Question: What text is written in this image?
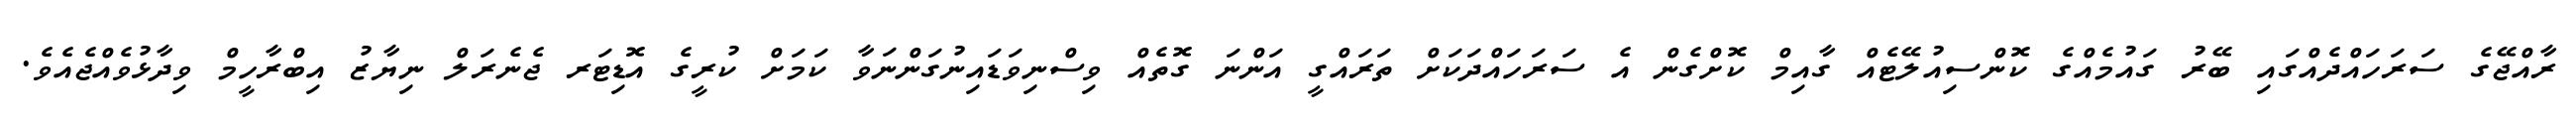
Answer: ރާއްޖޭގެ ސަރަހައްދެއްގައި ބޭރު ގައުމެއްގެ ކޮންސިއުލޭޓެއް ގާއިމް ކޮށްގެން އެ ސަރަހައްދަކަށް ތަރައްގީ އަންނަ ގޮތެއް ވިސްނިވަޑައިނުގަންނަވާ ކަމަށް ކުރީގެ އޮޑިޓަރ ޖެނެރަލް ނިޔާޒު އިބްރާހީމް ވިދާޅުވެއްޖެއެވެ.